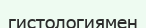
гистологиямен